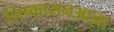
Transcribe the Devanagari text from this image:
निष्कासनआज्ञा